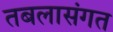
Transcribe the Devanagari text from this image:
तबलासंगत